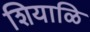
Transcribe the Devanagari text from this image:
शियाळि